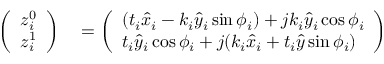
\begin{array} { r l } { \left( \begin{array} { l } { z _ { i } ^ { 0 } } \\ { z _ { i } ^ { 1 } } \end{array} \right) } & { { } = \left( \begin{array} { l } { ( t _ { i } \hat { x } _ { i } - k _ { i } \hat { y } _ { i } \sin \phi _ { i } ) + j k _ { i } \hat { y } _ { i } \cos \phi _ { i } } \\ { t _ { i } \hat { y } _ { i } \cos \phi _ { i } + j ( k _ { i } \hat { x } _ { i } + t _ { i } \hat { y } \sin \phi _ { i } ) } \end{array} \right) } \end{array}